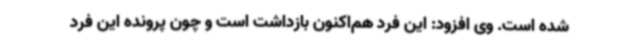
شده است. وی افزود: این فرد هم‌اکنون بازداشت است و چون پرونده این فرد